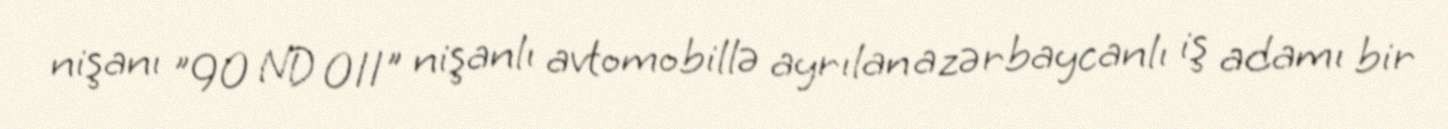
nişanı "90 ND 011" nişanlı avtomobillə ayrılan azərbaycanlı iş adamı bir